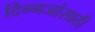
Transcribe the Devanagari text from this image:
दिग्गजांसाठी